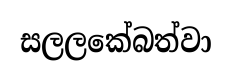
සලලකේබත්වා